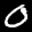
Label: 0